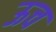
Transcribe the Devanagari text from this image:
ऊच